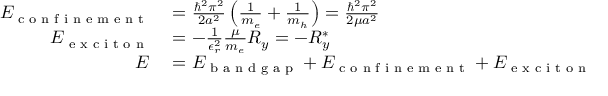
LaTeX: \begin{array} { r l } { E _ { \textrm { c o n f i n e m e n t } } } & { { } = { \frac { \hbar ^ { 2 } \pi ^ { 2 } } { 2 a ^ { 2 } } } \left( { \frac { 1 } { m _ { e } } } + { \frac { 1 } { m _ { h } } } \right) = { \frac { \hbar ^ { 2 } \pi ^ { 2 } } { 2 \mu a ^ { 2 } } } } \\ { E _ { \textrm { e x c i t o n } } } & { { } = - { \frac { 1 } { \epsilon _ { r } ^ { 2 } } } { \frac { \mu } { m _ { e } } } R _ { y } = - R _ { y } ^ { * } } \\ { E } & { { } = E _ { \textrm { b a n d g a p } } + E _ { \textrm { c o n f i n e m e n t } } + E _ { \textrm { e x c i t o n } } } \end{array}